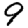
Digit: 9